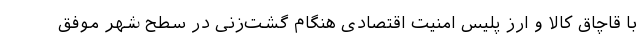
با قاچاق کالا و ارز پلیس امنیت اقتصادی هنگام گشت‌زنی در سطح شهر موفق